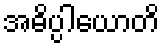
အဓိပ္ပါယောတိ